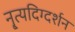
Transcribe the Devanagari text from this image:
नृ्त्यदिग्दर्शन